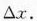
\bigtriangleup_{x}.